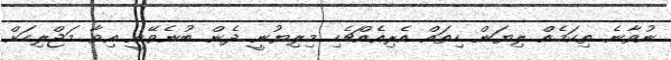
ނުވާނެ ތިކަމެއް ލިޔަން ހިތައް އެރިއެއްޗެހި މިލިޔުނީ ދެން ބުނެވޭނީ އިވާ މަޖްލިހަށް